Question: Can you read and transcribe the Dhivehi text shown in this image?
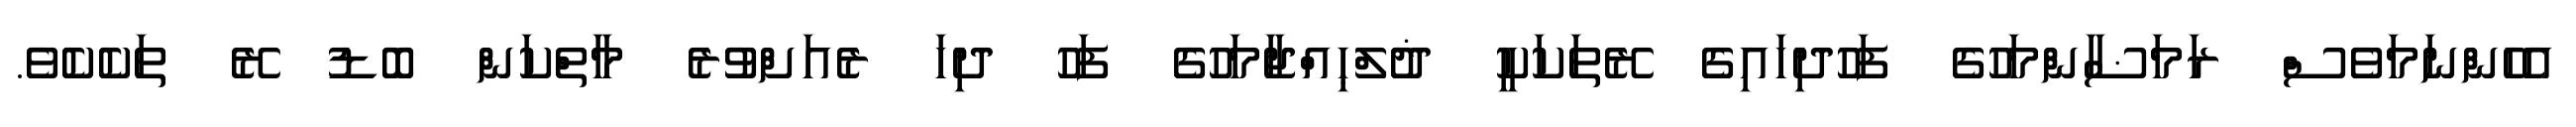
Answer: އެހެންނަމަވެސް ރަމަޟާންމަހުގެ ފަހުދިހައިގެ ރޭތަކަކީ ޛުލްޙިއްޖާމަހުގެ ފަހު ދިހަ ރެއަށްވުރެ މާތްކަން ބޮޑު ރޭ ތަކެކެވެ.